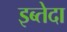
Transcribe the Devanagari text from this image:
इब्तेदा